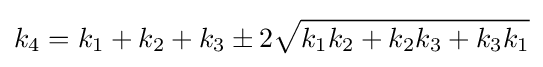
k_{4}=k_{1}+k_{2}+k_{3}\pm 2{\sqrt {k_{1}k_{2}+k_{2}k_{3}+k_{3}k_{1}}}